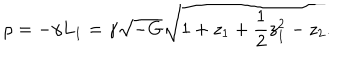
\rho = - \gamma L _ { 1 } = \gamma \sqrt { - G } \sqrt { 1 + z _ { 1 } + { \frac { 1 } { 2 } } z _ { 1 } ^ { 2 } - z _ { 2 } } .